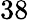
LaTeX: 38